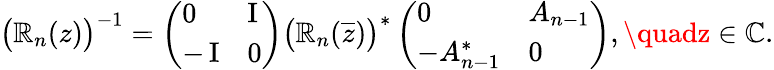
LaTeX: \big(\mathbb{R}_{n}(z)\big)^{-1}=\left(\begin{array}{ll}{0}&{\operatorname{I}}\\ {-\operatorname{I}}&{0}\end{array}\right)\big(\mathbb{R}_{n}(\overline{{{z}}})\big)^{*}\left(\begin{array}{ll}{0}&{A_{n-1}}\\ {-A_{n-1}^{*}}&{0}\end{array}\right),\quadz\in\mathbb{{C}}.